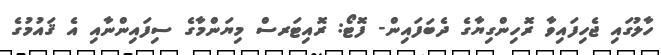
ހާލުގައި ޖެހިފައިވާ ރޮހިންގިޔާގެ ދެބަފައިން- ފޮޓޯ: ރޮއިޓަރސް މިޔަންމާގެ ސިފައިންނާއި އެ ޤައުމުގެ